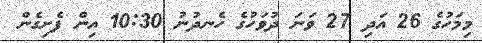
މިމަހުގެ 26 އަދި 27 ވަނަ ދުވަހުގެ ހެނދުނު 10:30 އިން ފެށިގެން